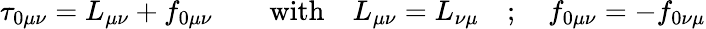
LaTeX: \tau_{0\mu\nu}=L_{\mu\nu}+f_{0\mu\nu}\qquad\mathrm{with}\quad L_{\mu\nu}=L_{\nu\mu}\quad;\quad f_{0\mu\nu}=-f_{0\nu\mu}